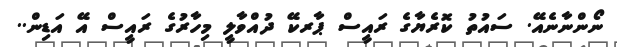
ނޯންނާނެއޭ. ސައުތު ކޮރެޔާގެ ރައީސް ޕާރކޭ ދުއްވާލީ މިހާރުގެ ރައީސް އޭ އަޑިން..